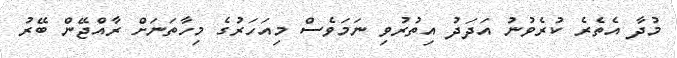
މުދާ އެތެރެ ކުރެވުނު އަދަދު އިތުރުވި ނަމަވެސް މިއަހަރުގެ މިހާތަނަށް ރާއްޖޭން ބޭރު